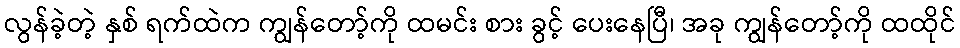
လွန်ခဲ့တဲ့ နှစ် ရက်ထဲက ကျွန်တော့်ကို ထမင်း စား ခွင့် ပေးနေပြီ၊ အခု ကျွန်တော့်ကို ထထိုင်